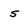
Character: 5